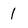
Character: 1